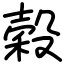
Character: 穀